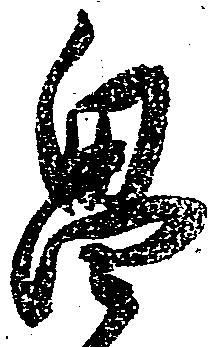
畠